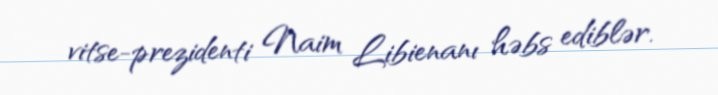
vitse-prezidenti Naim Libienanı həbs ediblər.